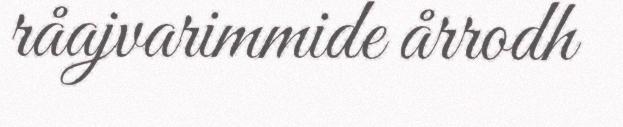
råajvarimmide årrodh